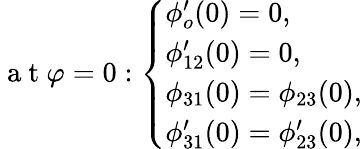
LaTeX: \mathrm{~a~t~}\varphi=0:\left\{ \begin{array}{ll}{\phi_{o}^{\prime}(0)=0,}\\ {\phi_{12}^{\prime}(0)=0,}\\ {\phi_{31}(0)=\phi_{23}(0),}\\ {\phi_{31}^{\prime}(0)=\phi_{23}^{\prime}(0),}\end{array}\right.